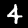
Digit: 4